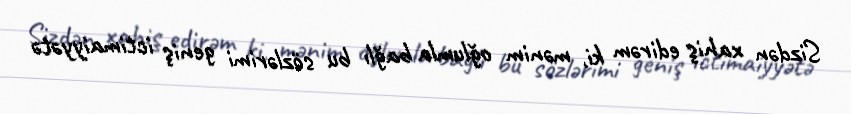
Sizdən xahiş edirəm ki, mənim oğlumla bağlı bu sözlərimi geniş ictimaiyyətə